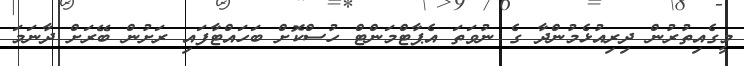
މީގެއިތުރުން ދިރިއުޅެމުންދާ ގެ ނުވަތަ އެޕާޓްމަންޓް ހުސްކޮށް ބަހައްޓާފައި ރަށުން ބޭރަށް ދާނަމަ